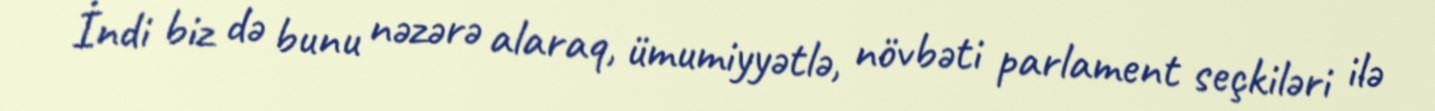
İndi biz də bunu nəzərə alaraq, ümumiyyətlə, növbəti parlament seçkiləri ilə